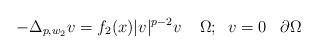
LaTeX: \begin{align*} -\Delta_{p,w_{2}}v=f_2(x)|v|^{p-2}v\;\;\;\;\Omega;\;\;v=0\;\;\;\partial\Omega\end{align*}